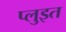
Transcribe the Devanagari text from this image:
प्लुइत